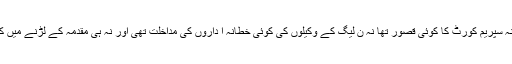
لندن میٹنگ میں اتفاق رائے ہو گیا ہے کہ نواز شریف کو نکالنے میں نہ سپریم کورٹ کا کوئی قصور تھا نہ ن لیگ کے وکیلوں کی کوئی خطانہ ا داروں کی مداخلت تھی اور نہ ہی مقدمہ کے لڑنے میں کوئی غلطی ہوئی اور نہ ہی منی ٹریل پیش کرنے میں کوئی خامی تھی۔